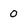
Character: 0